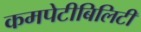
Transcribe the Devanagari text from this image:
कमपेटीबिलिटी